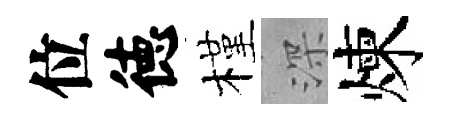
位徳槿深煉